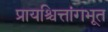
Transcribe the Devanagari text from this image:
प्रायश्चित्तांगभूत